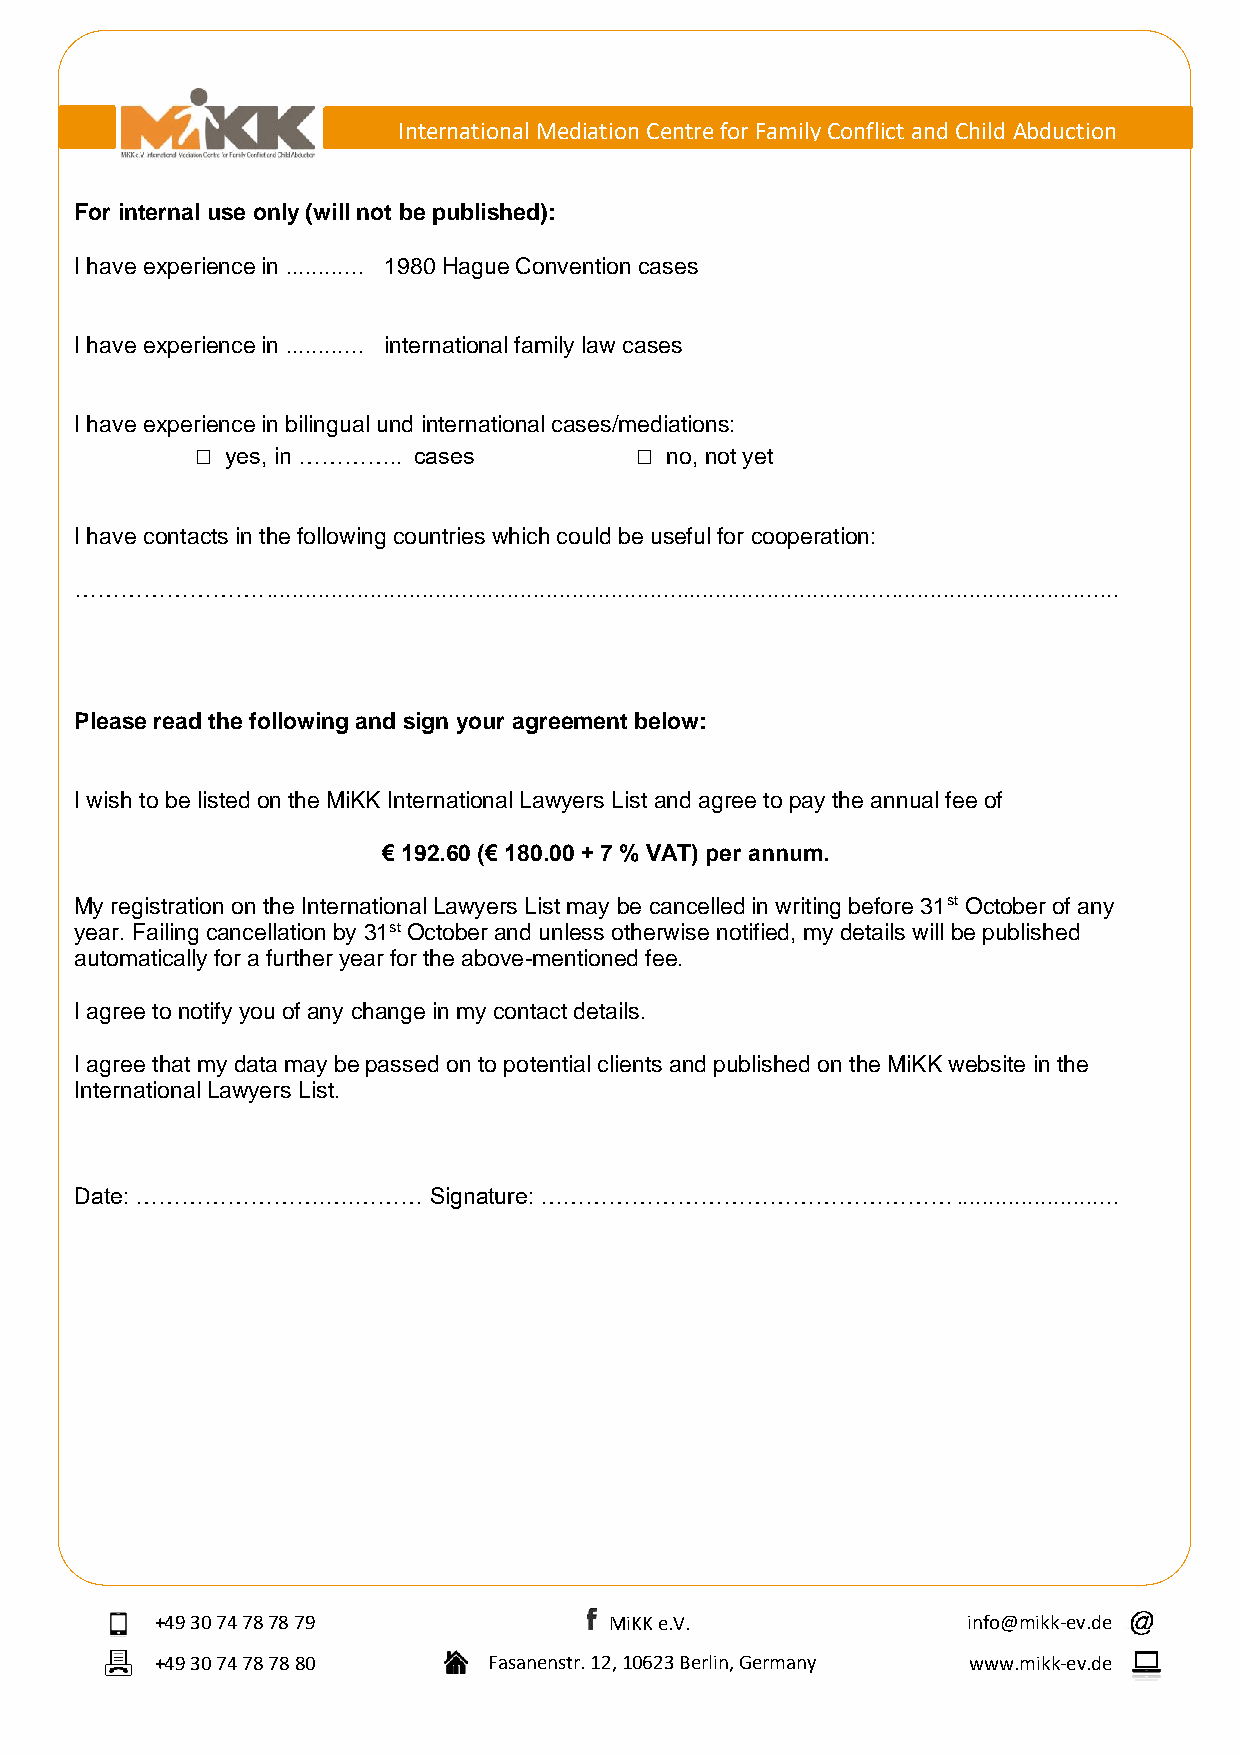
International Mediation Centre for Family Conflict and Child Abduction
 For internal use only (will not be published):
 I have experience in ............ 1980 Hague Convention cases
 I have experience in ............ international family law cases
 I have experience in bilingual und international cases/mediations:
 □ yes, in ………….. cases       □ no, not yet
 I have contacts in the following countries which could be useful for cooperation:
 …………………….    ...................................................................................................................................
 Please read the following and sign your agreement below:
 I wish to be listed on the MiKK International Lawyers List and agree to pay the annual fee of
 € 192.60 (€ 180.00 + 7 % VAT) per annum.
 My registration on the International Lawyers List may be cancelled in writing before 31st October of any
 year. Failing cancellation by 31st October and unless otherwise notified, my details will be published
 automatically for a further year for the above-mentioned fee.
 I agree to notify you of any change in my contact details.
 I agree that my data may be passed on to potential clients and published on the MiKK website in the
 International Lawyers List.
 Date: …………………….….………   Signature: ………………………………………………      .........................
 +49 30 74 78 78 79            MiKK e.V.               info@mikk-ev.de
 +49 30 74 78 78 80    Fasanenstr. 12, 10623 Berlin, Germany www.mikk-ev.de